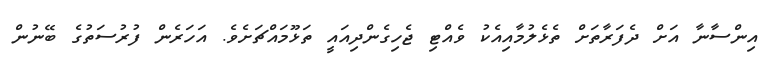
އިންސާނާ އަށް ދެފަރާތަށް ތެޅެލުމާއިއެކު ވެއްޓި ޖެހިގެންދިއައީ ތަޅޫމައްޗަށެވެ. އަހަރެން ފުރުސަތުގެ ބޭނުން